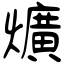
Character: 爌